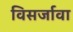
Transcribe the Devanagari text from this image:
विसर्जावा